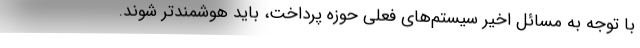
با توجه به مسائل اخیر سیستم‌های فعلی حوزه پرداخت، باید هوشمند‌تر شوند.